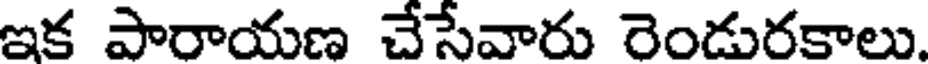
ఇక పారాయణ చేసేవారు రెండురకాలు.